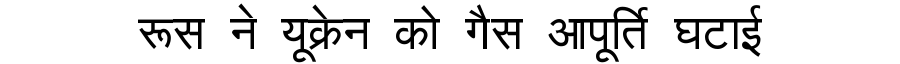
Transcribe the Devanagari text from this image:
रूस ने यूक्रेन को गैस आपूर्ति घटाई